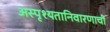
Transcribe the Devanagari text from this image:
अस्पृश्‍यतानिवारणाची